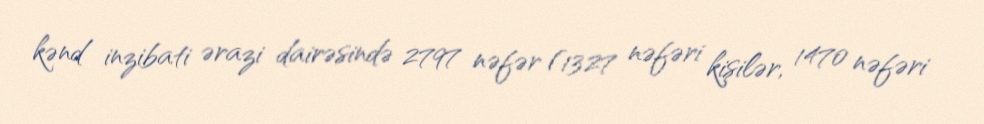
kənd inzibati ərazi dairəsində 2797 nəfər (1327 nəfəri kişilər, 1470 nəfəri